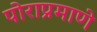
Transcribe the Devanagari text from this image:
पोराप्रमाणे